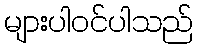
များပါဝင်ပါသည်